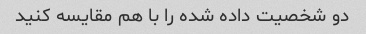
دو شخصیت داده شده را با هم مقایسه کنید